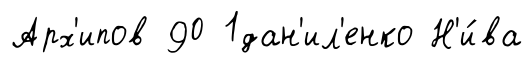
Арх'ипов 90 1дан'ил'енко Н'и́ва